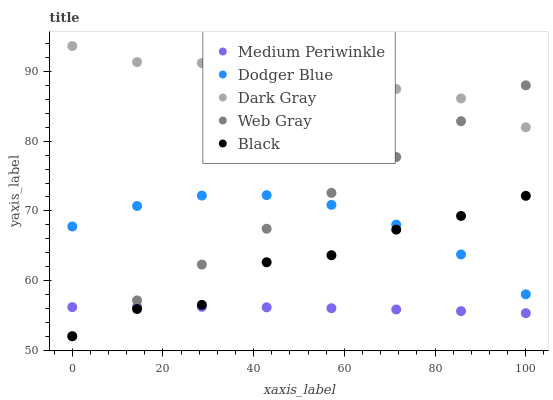
| xaxis_label | Medium Periwinkle | Dodger Blue | Dark Gray | Web Gray | Black |
 | --- | --- | --- | --- | --- | --- |
 | 0 | 56.2 | 67.8 | 93.7 | 52 | 52 |
 | 14.3 | 56.2 | 70.7 | 91.4 | 57.1 | 55.9 |
 | 28.6 | 56.2 | 72.2 | 91.2 | 62.3 | 56.5 |
 | 42.9 | 56.1 | 72.3 | 89 | 67.4 | 62.6 |
 | 57.1 | 56 | 70.9 | 87.3 | 72.6 | 63.6 |
 | 71.4 | 55.8 | 68 | 87.5 | 77.7 | 67.3 |
 | 85.7 | 55.6 | 63.7 | 86.1 | 82.9 | 69.3 |
 | 100 | 55.3 | 58 | 82 | 88 | 72.2 |